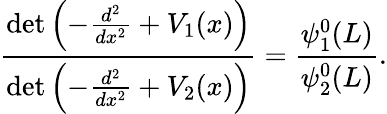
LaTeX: {\frac{\operatorname*{det}\left(-{\frac{d^{2}}{dx^{2}}}+V_{1}(x)\right)}{\operatorname*{det}\left(-{\frac{d^{2}}{dx^{2}}}+V_{2}(x)\right)}}={\frac{\psi_{1}^{0}(L)}{\psi_{2}^{0}(L)}}.